Report on enteric fever
Disease focus: Fever
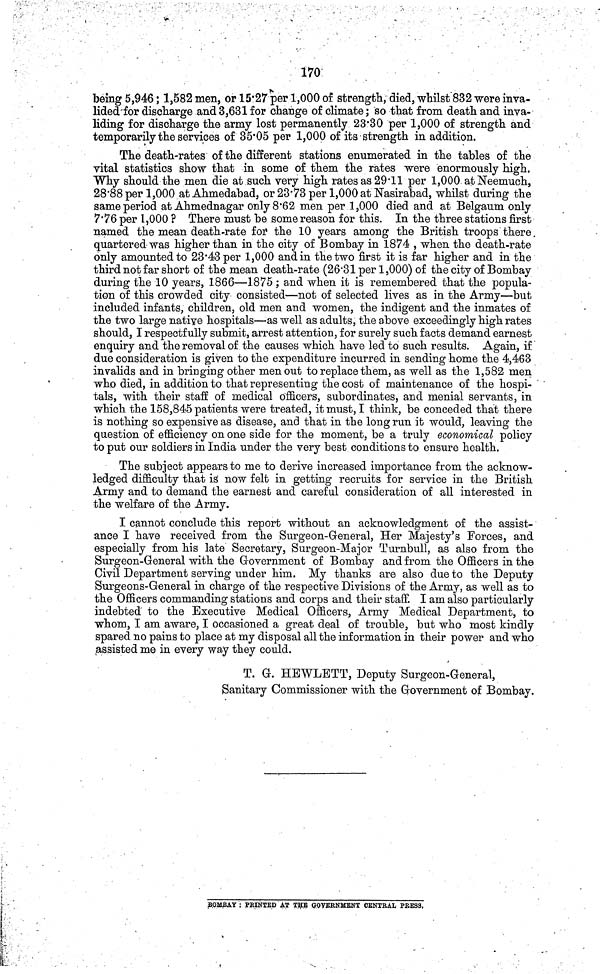
170
being 5,946; 1,582 men, or 15 27 per 1,000 of strength, died, whilst 832 were inva-
lided for discharge and 3,631 for change of climate; so that from death and inva-
liding for discharge the army lost permanently 23 30 per 1,000 of strength and
temporarily the services of 35 05 per 1,000 of its strength in addition.
The death-rates of the different stations enumerated in the tables of the
vital statistics show that in some of them the rates were enormously high.
Why should the men die at such very high rates as 29 11 per 1,000 at Neemuch,
28 88 per 1,000 at Ahmedabad, or 23 73 per 1,000 at Nasirabad, whilst during the
same period at Ahmednagar only 8 62 men per 1,000 died and at Belgaum only
7 76 per 1,000 ? There must be some reason for this. In the three stations first
named the mean death-rate for the 10 years among the British troops there.
quartered was higher than in the city of Bombay in 1874 , when the death-rate
only amounted to 23 43 per 1,000 and in the two first it is far higher and in the
third not far short of the mean death-rate (26 31 per 1,000) of the city of Bombay
during the 10 years, 1866—1875 ; and when it is remembered that the popula-
tion of this crowded city consisted—not of selected lives as in the Army—but
included infants, children, old men and women, the indigent and the inmates of
the two large native hospitals—as well as adults, the above exceedingly high rates
should, I respectfully submit, arrest attention, for surely such facts demand earnest
enquiry and the removal of the causes which have led to such results. Again, if
due consideration is given to the expenditure incurred in sending home the 4,463
invalids and in bringing other men out to replace them, as well as the 1,582 men
who died, in addition to that representing the cost of maintenance of the hospi-
tals, with their staff of medical officers, subordinates, and menial servants, in
which the 158,845 patients were treated, it must, I think, be conceded that there
is nothing so expensive as disease, and that in the long run it would, leaving the
question of efficiency on one side for the moment, be a truly economical policy
to put our soldiers in India under the very best conditions to ensure health.
The subject appears to me to derive increased importance from the acknow-
ledged difficulty that is now felt in getting recruits for service in the British
Army and to demand the earnest and careful consideration of all interested in
the welfare of the Army.
I cannot conclude this report without an acknowledgment of the assist-
ance I have received from the Surgeon-General, Her Majesty's Forces, and
especially from his late Secretary, Surgeon-Major Turnbull, as also from the
Surgeon-General with the Government of Bombay and from the Officers in the
Civil Department serving under him. My thanks are also due to the Deputy
Surgeons-General in charge of the respective Divisions of the Army, as well as to
the Officers commanding stations and corps and their staff. I am also particularly
indebted to the Executive Medical Officers, Army Medical Department, to
whom, I am aware, I occasioned a great deal of trouble, but who most kindly
spared no pains to place at my disposal all the information in their power and who
assisted me in every way they could.
T. G. HEWLETT, Deputy Surgeon-General,
Sanitary Commissioner with the Government of Bombay.
BOMBAY : PRINTED AT THE GOVERNMENT CENTRAL PRESS,